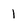
Character: l